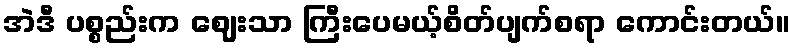
အဲဒီ ပစ္စည်းက ဈေးသာ ကြီးပေမယ့်စိတ်ပျက်စရာ ကောင်းတယ်။